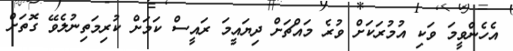
އެހެންވީމަ ވަކި އުމުރަކަށް ވުރެ މައްޗަށް ދިޔައީމަ ރައީސް ކަމަށް ކުރިމަތިނުލެވޭ ގޮތަށް